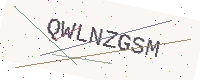
Text: QWLNZGSM